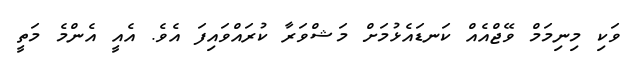
ވަކި މިނިމަމް ވޭޖްއެއް ކަނޑައެޅުމަށް މަޝްވަރާ ކުރައްވައިފަ އެވެ. އެއީ އެންމެ މަތީ